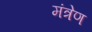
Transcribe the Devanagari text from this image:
मंत्रेण